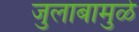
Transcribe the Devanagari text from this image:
जुलाबामुळे